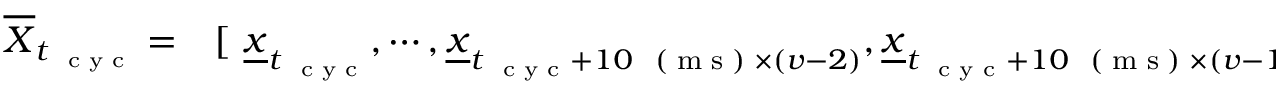
\begin{array} { r l } { \overline { { \boldsymbol X } } _ { t _ { \mathrm { ~ \tiny ~ c ~ y ~ c ~ } } } = } & { { } [ ~ \underline { { \boldsymbol x } } _ { t _ { \mathrm { ~ \tiny ~ c ~ y ~ c ~ } } } , \cdots , \underline { { \boldsymbol x } } _ { t _ { \mathrm { ~ \tiny ~ c ~ y ~ c ~ } } + 1 0 \mathrm { ~ \tiny ~ ( ~ m ~ s ~ ) ~ } \times ( \boldsymbol v - 2 ) } , \underline { { \boldsymbol x } } _ { t _ { \mathrm { ~ \tiny ~ c ~ y ~ c ~ } } + 1 0 \mathrm { ~ \tiny ~ ( ~ m ~ s ~ ) ~ } \times ( \boldsymbol v - 1 ) } , } \end{array}